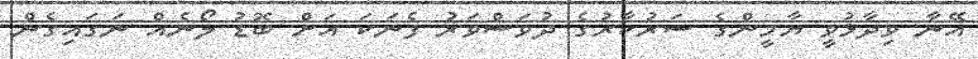
އޭނާ ވިދާޅުވީ ޔާމީންގެ ސަރުކާރުގެ ދުވަސްވަރު ފެނަކަ އަށް ބޮޑު ލޯނެއް ނަގައިގެން